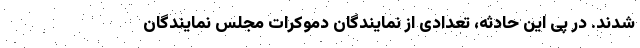
شدند. در پی این حادثه، تعدادی از نمایندگان دموکرات مجلس نمایندگان